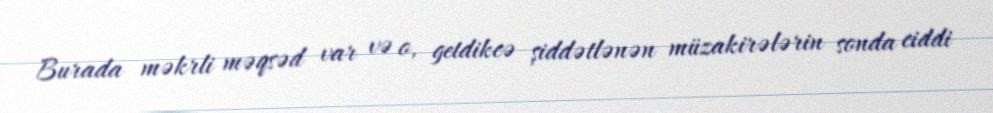
Burada məkrli məqsəd var və o, getdikcə şiddətlənən müzakirələrin sonda ciddi